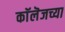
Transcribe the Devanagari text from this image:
काॅलॆजच्या